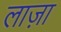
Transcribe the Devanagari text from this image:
लाज़ा